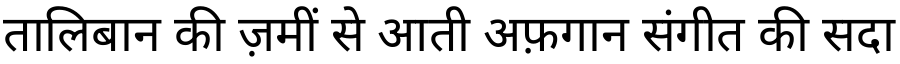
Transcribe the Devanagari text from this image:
तालिबान की ज़मीं से आती अफ़गान संगीत की सदा